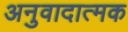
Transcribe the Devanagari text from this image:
अनुवादात्मक